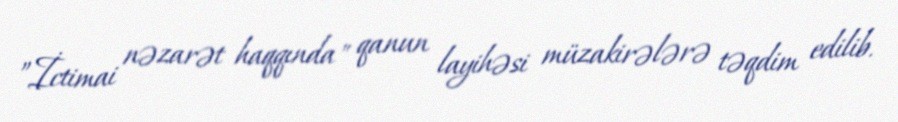
”İctimai nəzarət haqqında" qanun layihəsi müzakirələrə təqdim edilib.